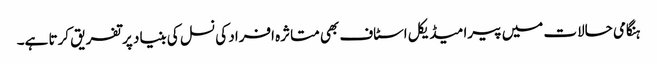
ہنگامی حالات میں پیرا میڈیکل اسٹاف بھی متاثرہ افراد کی نسل کی بنیاد پر تفریق کرتا ہے۔